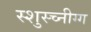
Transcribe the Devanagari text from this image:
स्शुस्च्नीग्ग